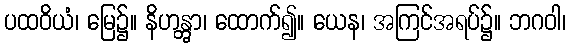
ပထဝိယံ၊ မြေ၌။ နိဟန္တွာ၊ ထောက်၍။ ယေန၊ အကြင်အရပ်၌။ ဘဂဝါ၊